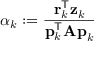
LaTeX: \alpha _ { k } : = { \frac { \mathbf { r } _ { k } ^ { \mathsf { T } } \mathbf { z } _ { k } } { \mathbf { p } _ { k } ^ { \mathsf { T } } \mathbf { A p } _ { k } } }